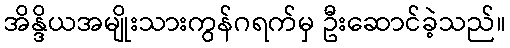
အိန္ဒိယအမျိုးသားကွန်ဂရက်မှ ဦးဆောင်ခဲ့သည်။